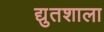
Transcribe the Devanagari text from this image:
द्युतशाला